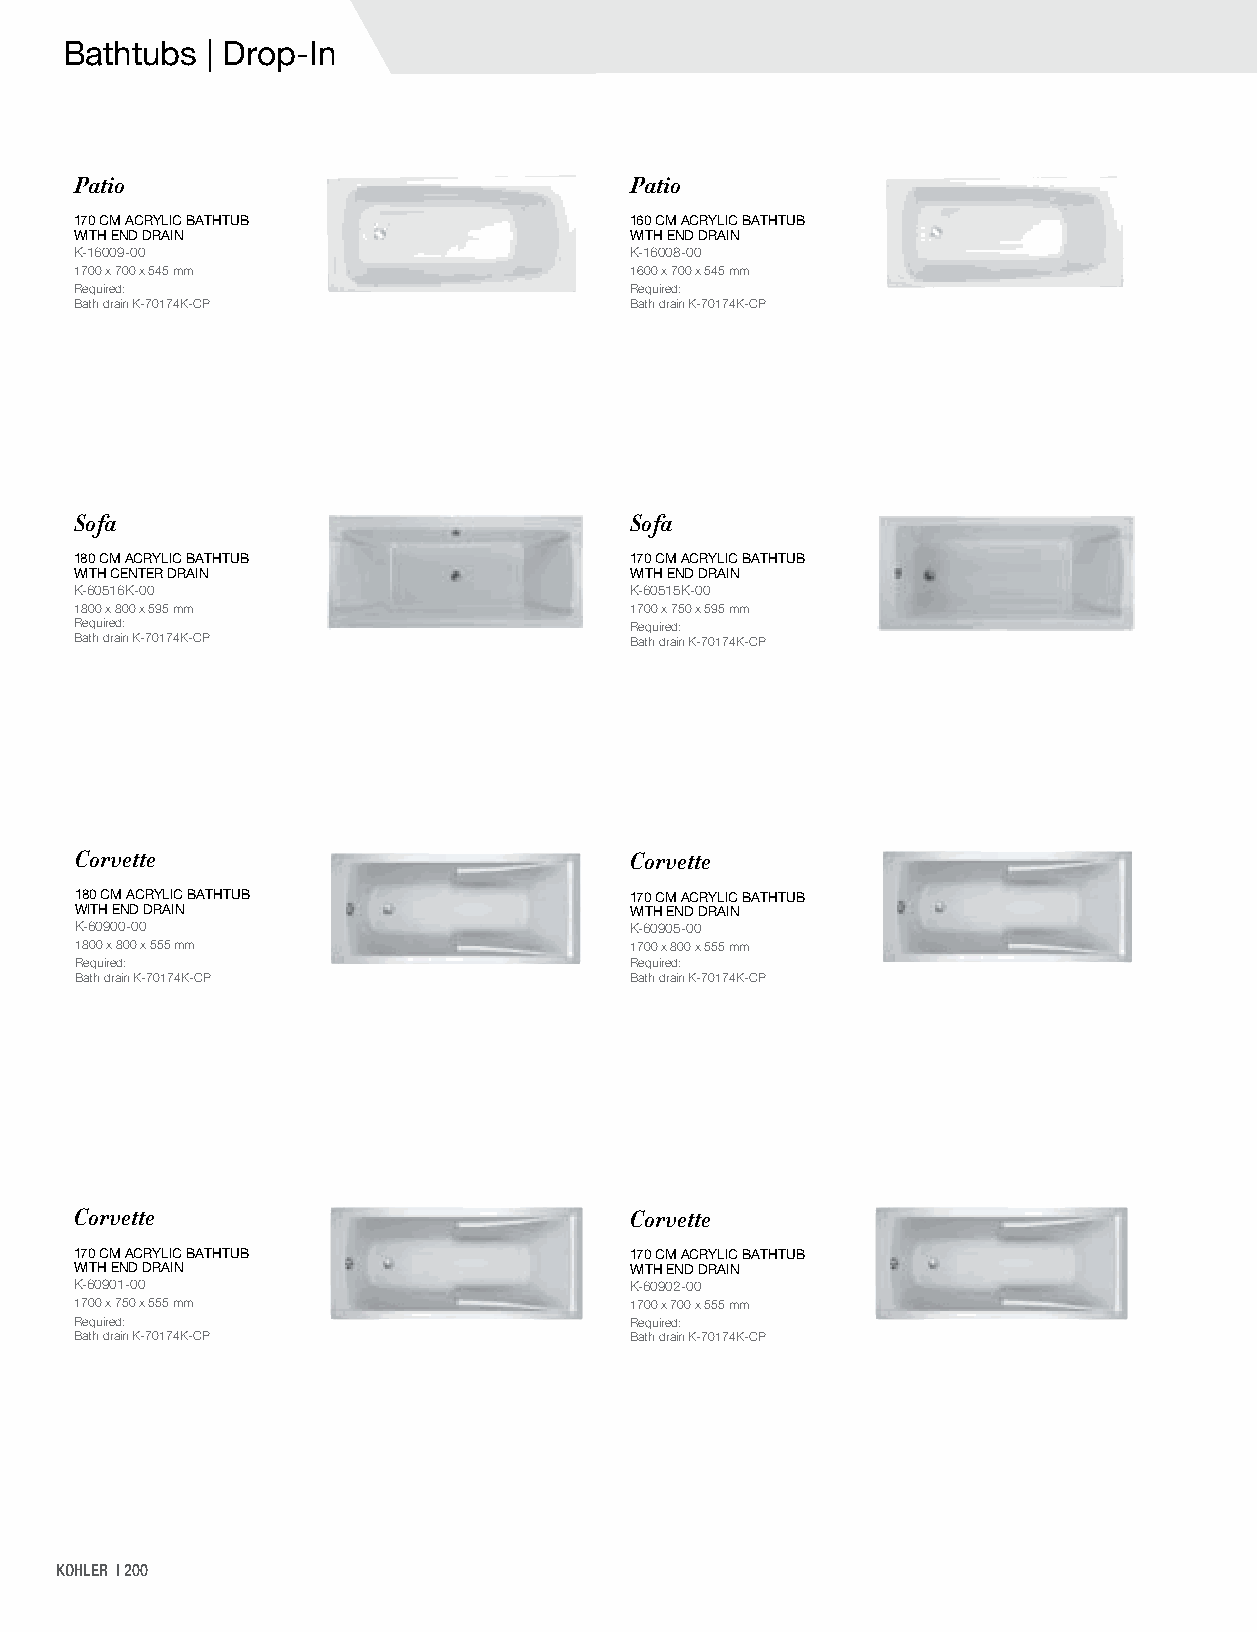
Bathtubs  | Drop-In
 Patio                                Patio
 170 CM ACRYLIC BATHTUB               160 CM ACRYLIC BATHTUB
 WITH END DRAIN                       WITH END DRAIN
 K-16009-00                           K-16008-00
 1700 x 700 x 545 mm                  1600 x 700 x 545 mm
 Required:                            Required:
 Bath drain K-70174K-CP               Bath drain K-70174K-CP
 Sofa                                 Sofa
 180 CM ACRYLIC BATHTUB               170 CM ACRYLIC BATHTUB
 WITH CENTER DRAIN                    WITH END DRAIN
 K-60516K-00                          K-60515K-00
 1800 x 800 x 595 mm                  1700 x 750 x 595 mm
 Required:                            Required:
 Bath drain K-70174K-CP               Bath drain K-70174K-CP
 Corvette                             Corvette
 180 CM ACRYLIC BATHTUB               170 CM ACRYLIC BATHTUB
 WITH END DRAIN                       WITH END DRAIN
 K-60900-00                           K-60905-00
 1800 x 800 x 555 mm                  1700 x 800 x 555 mm
 Required:                            Required:
 Bath drain K-70174K-CP               Bath drain K-70174K-CP
 Corvette                             Corvette
 170 CM ACRYLIC BATHTUB               170 CM ACRYLIC BATHTUB
 WITH END DRAIN                       WITH END DRAIN
 K-60901-00                           K-60902-00
 1700 x 750 x 555 mm                  1700 x 700 x 555 mm
 Required:                            Required:
 Bath drain K-70174K-CP               Bath drain K-70174K-CP
 KOHLER | 200